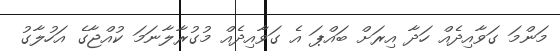
މަންމަ ގަވާއިދެއް ހަދާ އިރަށް ބައްޕަ އެ ގަވާއިދެއް މުގުރާލާނަމަ ކުއްޖާގެ އަހުލާގު